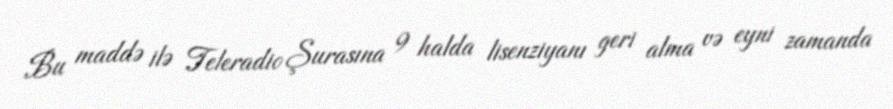
Bu maddə ilə Teleradio Şurasına 9 halda lisenziyanı geri alma və eyni zamanda